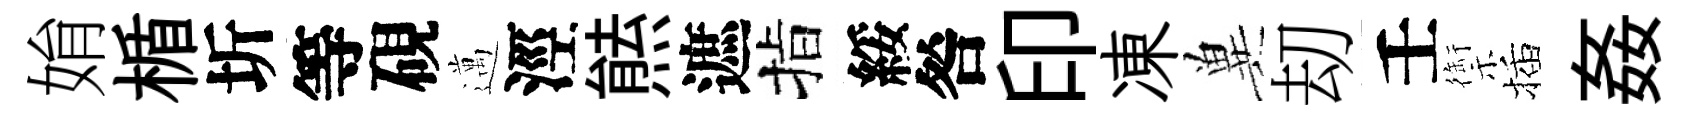
姢楯圻等硯邁涇㷱遮指綏咎印凍兾刧壬禦插姦